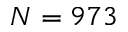
N = 9 7 3